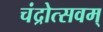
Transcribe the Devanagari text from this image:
चंद्रोत्सवम्